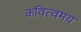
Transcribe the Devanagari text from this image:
कवित्वमय